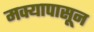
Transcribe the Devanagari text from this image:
मक्यापासून